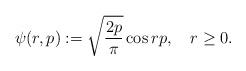
LaTeX: \begin{align*}\psi(r,p) := \sqrt{\frac{2p}{\pi}}\cos rp,\quad r \geq 0.\end{align*}